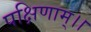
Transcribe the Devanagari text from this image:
पक्षिणाम्।।